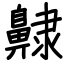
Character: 齂